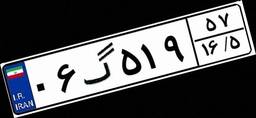
۰۶گ۵۱۹۵۷